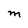
Character: M